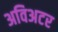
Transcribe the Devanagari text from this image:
अविअटर